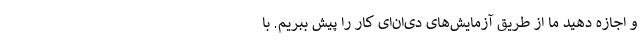
و اجازه دهید ما از طریق آزمایش‌های دی‌ان‌ای کار را پیش ببریم. با